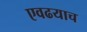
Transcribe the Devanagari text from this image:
एवढयाच